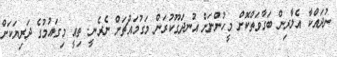
ނުދައްކާ އެލާރިން ބަގާވަތްކޮށް މީހުންނަށް އުނދަގޫކުރަން މަގުމައްޗަށް ނެރެނީ. ތިއީ މިގައުމުގެ ދަރިޔަކަށް